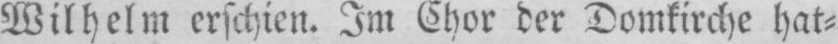
Wilhelm erschien. Im Chor der Domkirche hat⸗